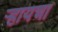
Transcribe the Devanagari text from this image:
र्‍हायचा